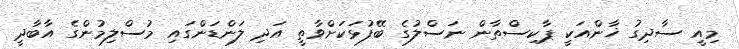
މިއީ ސާދިގު ޚާންއަކީ ޕާކިސްތާން ނަސްލުގެ ބޭފުޅަކަށްވާތީ އަދި ލަންޑަންގައި މުސްލިމުންގެ އާބާދީ